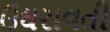
ઉઘરાવતી